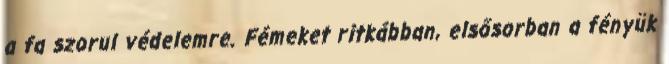
a fa szorul védelemre. Fémeket ritkábban, elsősorban a fényük